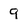
Character: 9